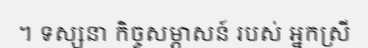
។ ទស្សនា កិច្ចសម្ភាសន៍ របស់ អ្នកស្រី